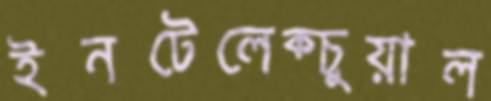
ইনটেলেক্চুয়াল